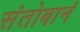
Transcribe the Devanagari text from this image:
संतोबानं